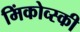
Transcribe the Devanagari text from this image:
मिंकोव्स्की